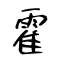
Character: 霍